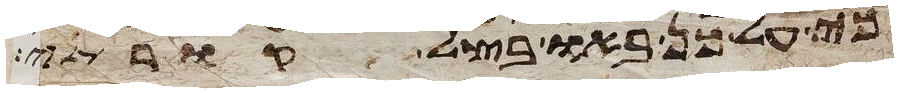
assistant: כי על כן באו בצל קורתי